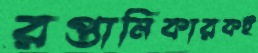
রপ্তানিকারকই